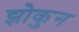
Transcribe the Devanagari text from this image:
झोकुन